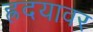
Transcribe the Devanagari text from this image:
ह्रदयावर